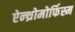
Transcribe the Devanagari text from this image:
ऐन्थ्रोमोर्फिस्म